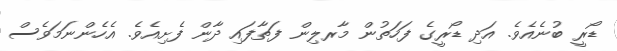
ޑޯރީ ބުނެއެވެ. އަދި ޑޯރީގެ ފަހަތުން މާރލިން ފަތާފައި ދާން ފެށިއެވެ. އެހެންނަމަވެސް